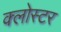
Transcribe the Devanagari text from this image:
क्लोस्टर